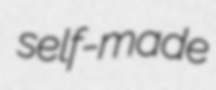
self-made